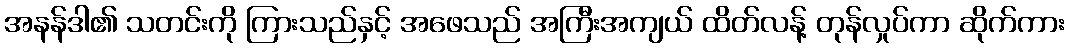
အနန်ဒါ၏ သတင်းကို ကြားသည်နှင့် အဖေသည် အကြီးအကျယ် ထိတ်လန့် တုန်လှုပ်ကာ ဆိုက်ကား